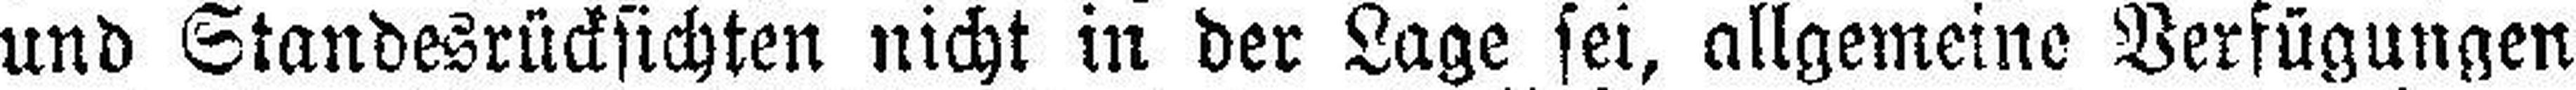
und Standesrücksichten nicht in der Lage sei, allgemeine Verfügungen